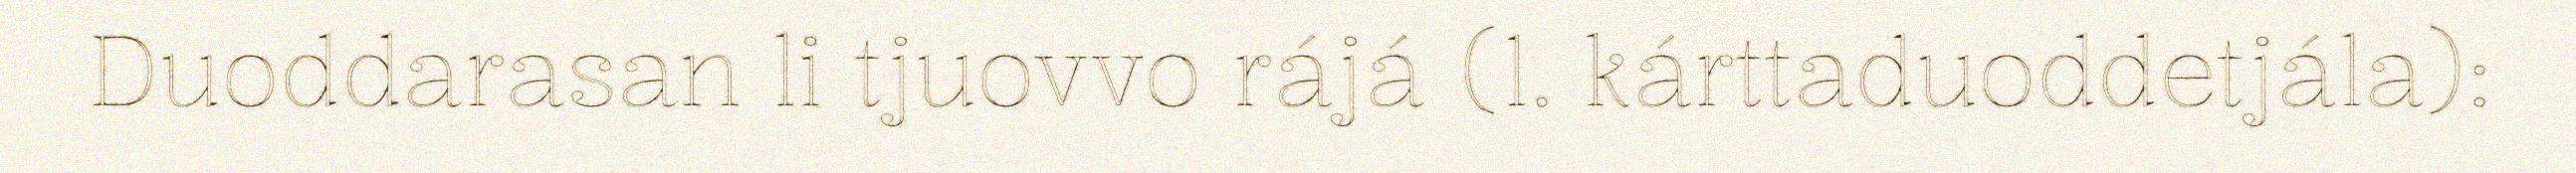
Duoddarasan li tjuovvo rájá (1. kárttaduoddetjála):